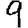
Digit: 9